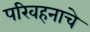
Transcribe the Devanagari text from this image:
परिवहनाचे